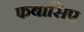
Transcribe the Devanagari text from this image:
फबासिए